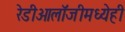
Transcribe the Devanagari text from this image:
रेडीओलॉजीमध्येही